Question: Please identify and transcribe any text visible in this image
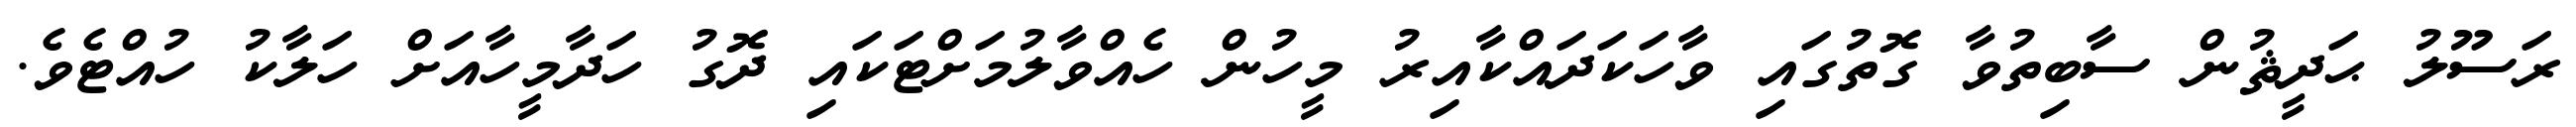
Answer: ރަސޫލު ޙަދީޘުން ސާބިތުވާ ގޮތުގައި ވާހަކަދައްކާއިރު މީހުން ހެއްވާލުމަށްޓަކައި ދޮގު ހަދާމީހާއަށް ހަލާކު ހުއްޓެވެ.